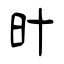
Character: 旪